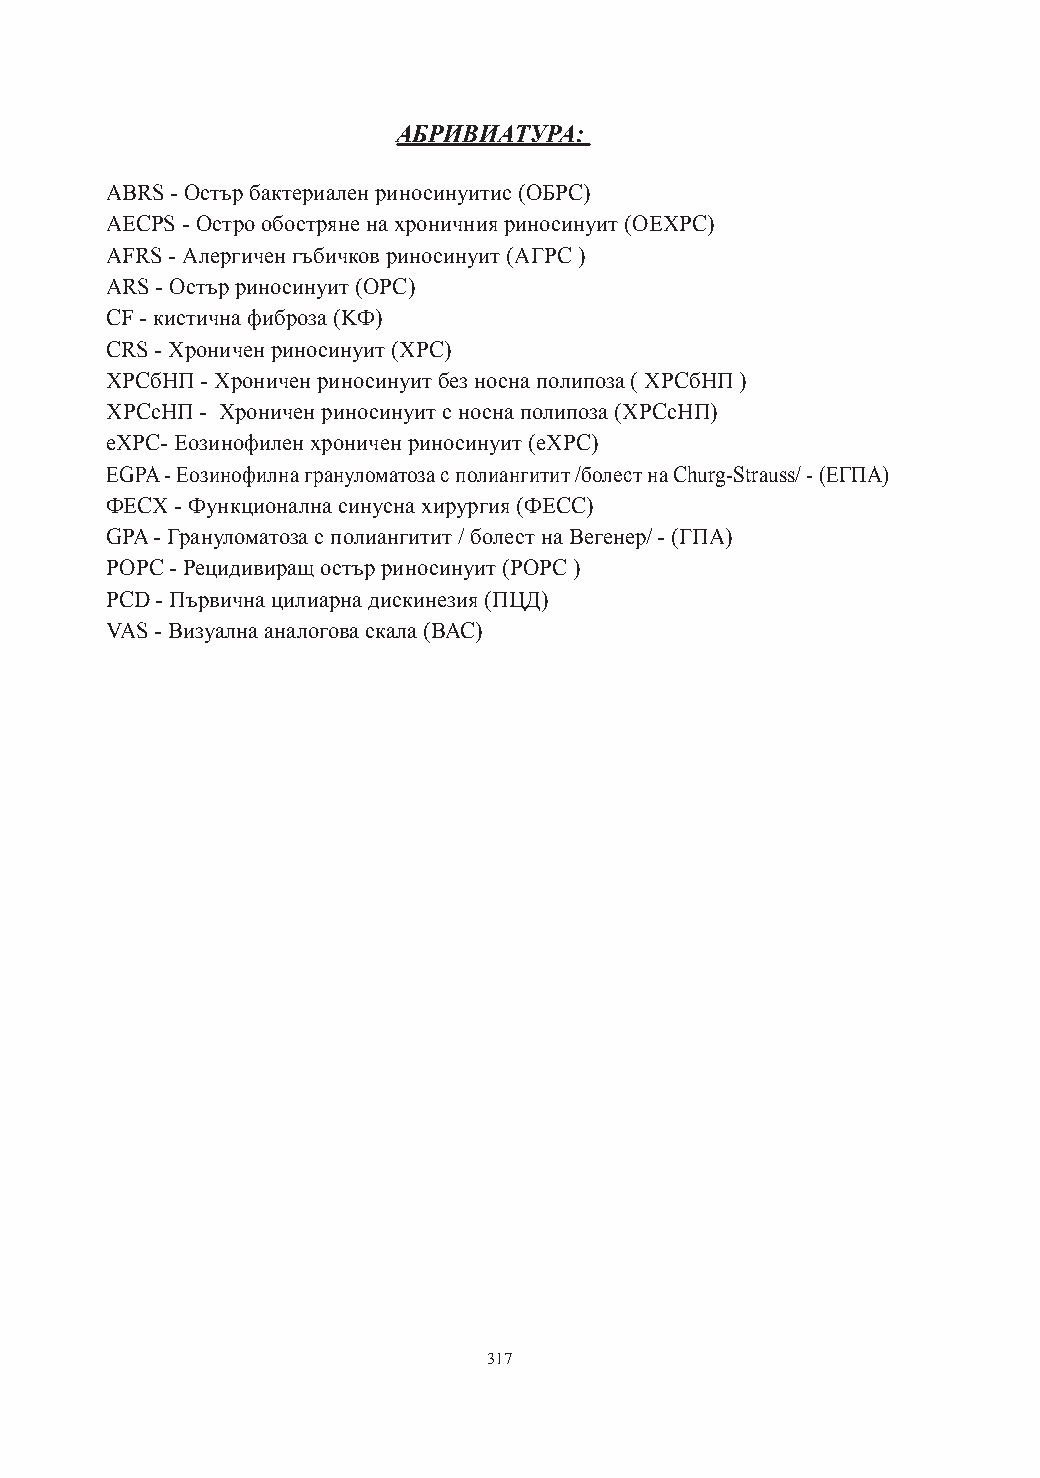
АБРИВИАТУРА:
 АВRS - Остър бактериален риносинуитис (ОБРС)
 АЕCРS - Остро обостряне на хроничния риносинуит (ОЕХРС)
 AFRS - Алергичен гъбичков риносинуит (АГРС )
 АRS - Остър риносинуит (ОРС)
 СF - кистична фиброза (KФ)
 СRS - Хроничен риносинуит (ХРС)
 ХРСбНП - Хроничен риносинуит без носна полипоза ( ХРСбНП )
 ХРСсНП - Хроничен риносинуит с носна полипоза (ХРСсНП)
 еХРС- Еозинофилен хроничен риносинуит (еХРС)
 ЕGPA - Еозинофилна грануломатоза с полиангитит /болест на Churg-Strauss/ - (EГПА)
 ФЕСХ - Функционална синусна хирургия (ФЕСС)
 GPA - Грануломатоза с полиангитит / болест на Вегенер/ - (ГПА)
 РОРС - Рецидивиращ остър риносинуит (РОРС )
 PCD - Първична цилиарна дискинезия (ПЦД)
 VAS - Визуална аналогова скала (ВАС)
 317